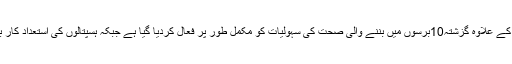
شعبہ صحت کے بجٹ میں نمایاں اضافے کے بعد روایتی ترقیاتی سکیموں کے علاوہ گزشتہ10برسوں میں بننے والی صحت کی سہولیات کو مکمل طور پر فعال کردیا گیا ہے جبکہ ہسپتالوں کی استعداد کار بڑھانے کے لیے عملے کی تعیناتی اور جدید آلات بھی فراہم کیے گئے ہیں۔